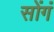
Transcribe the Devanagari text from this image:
सोंगं